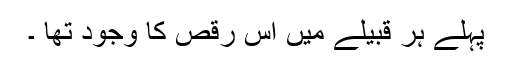
پہلے ہر قبیلے میں اس رقص کا وجود تھا ۔